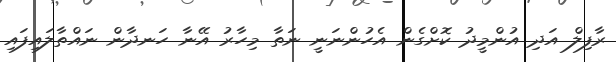
ރާފިލް އަދި އުންމީދު ކޮށްގެން އެހުންނަނީ ނަތާ މިހާރު އޭނާ ހަނދާން ނައްތާލައިފައި